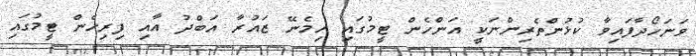
ވަނަހޯދާފައިވާ ކުޅުންތެރިންނަކީ އަންހެން ޓީމުގައި ހިމެނޭ ޒައުރާ އަބްދު އާއި ފިރިހެން ޓީމުގައި